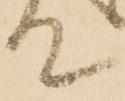
て